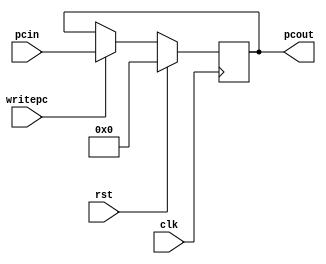
module pc(pcout,pcin,writepc,clk,rst);

output [4:0] pcout;
input  [4:0] pcin;
input writepc,clk,rst;

reg [4:0] pcout;
 
always @(posedge clk)
  begin
   if(rst)
        pcout<=5'b00000;
      else if(writepc)
           pcout<=pcin;  
           else
           pcout<=pcout;
  end

endmodule